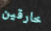
خارقين